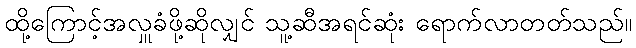
ထို့ကြောင့်အလှူခံဖို့ဆိုလျှင် သူ့ဆီအရင်ဆုံး ရောက်လာတတ်သည်။